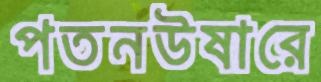
পতনউষারে